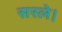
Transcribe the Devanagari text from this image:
सरले।